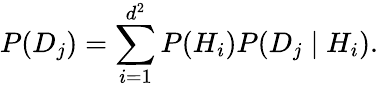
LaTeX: P(D_{j})=\sum_{i=1}^{d^{2}}P(H_{i})P(D_{j}\mid H_{i}).